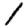
Digit: 1